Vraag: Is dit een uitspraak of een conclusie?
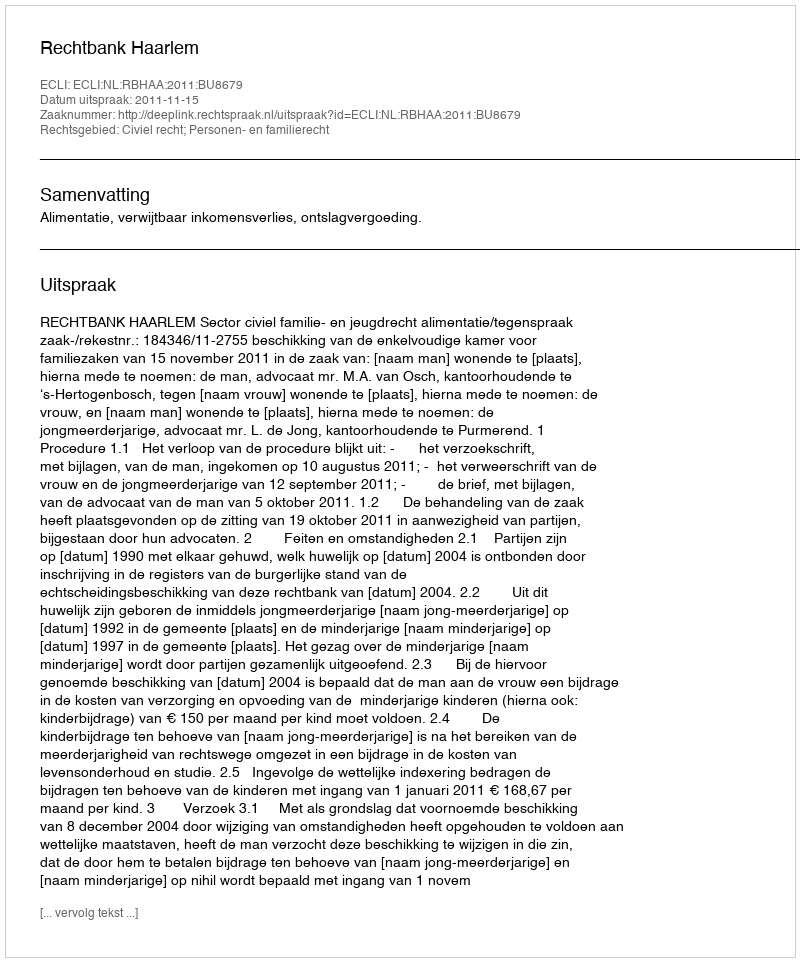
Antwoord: Uitspraak